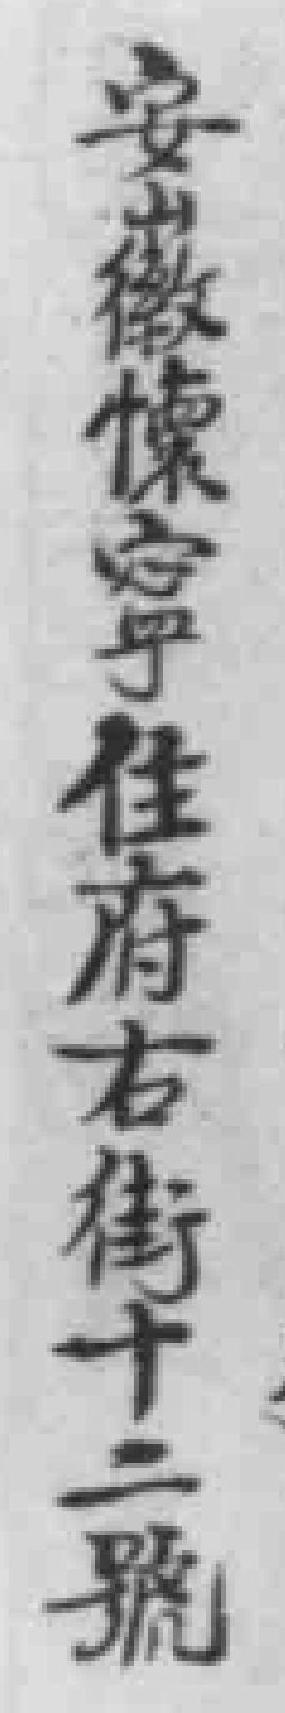
安徽懷寧住府右街十二號